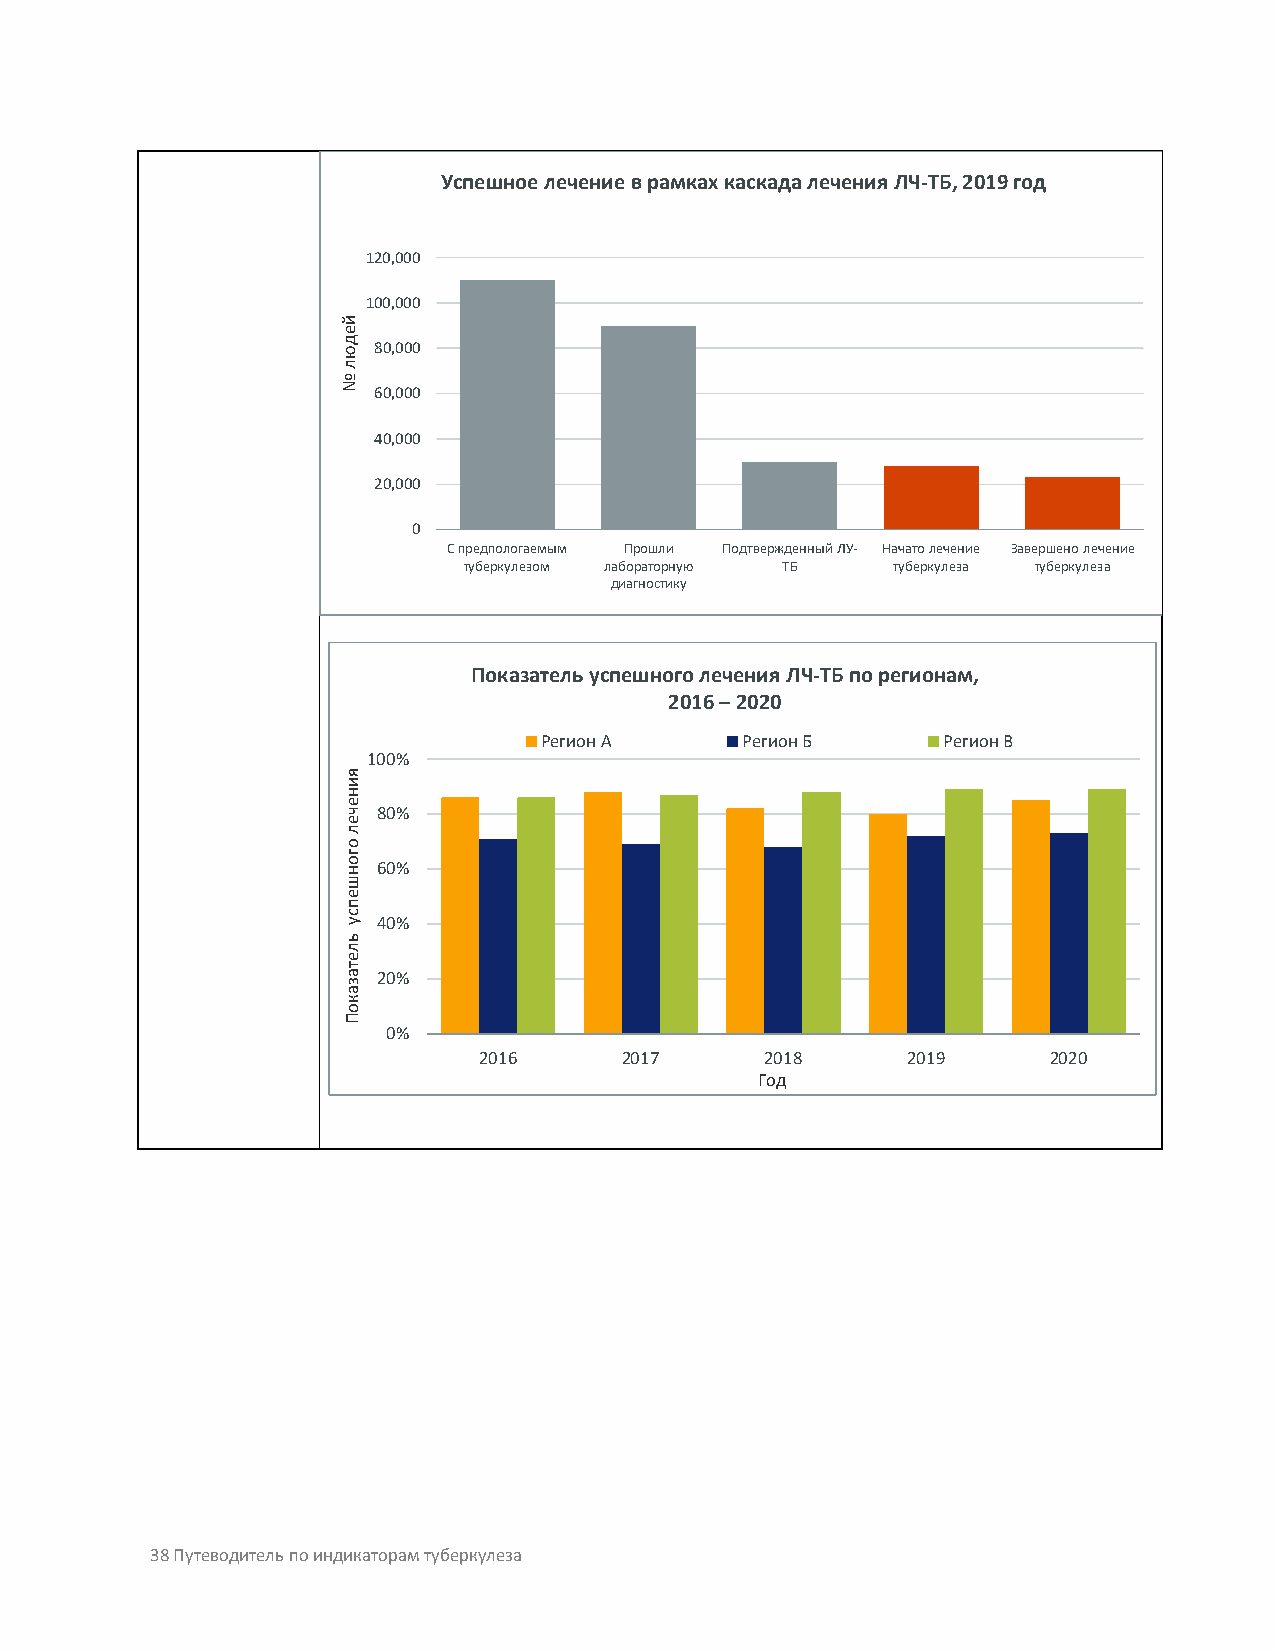
Успешноелечение в рамках каскада лечения ЛЧ-TБ, 2019 год
 120,000
 100,000
 80,000
 60,000
 40,000
 20,000
 0
 С предпологаемым Прошли Подтвержденный ЛУ- Начато лечение Завершено лечение
 туберкулезом лабораторную ТБ туберкулеза туберкулеза
 диагностику
 Показательуспешноголечения ЛЧ-ТБ по регионам,
 2016 –2020
 Регион А     Регион Б     Регион В
 100%
 80%
 60%
 40%
 20%
 0%
 2016     2017      2018     2019      2020
 Год
 38 Путеводитель по индикаторам туберкулеза
 йедюл
 №
 яинечел
 огоншепсу
 ьлетазакоП